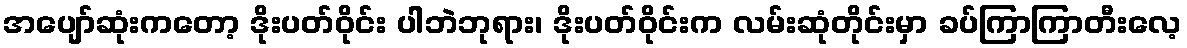
အပျော်ဆုံးကတော့ ဒိုးပတ်ဝိုင်း ပါဘဲဘုရား၊ ဒိုးပတ်ဝိုင်းက လမ်းဆုံတိုင်းမှာ ခပ်ကြာကြာတီးလေ့